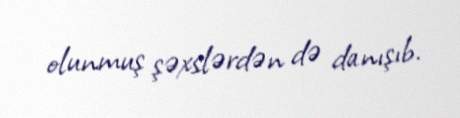
olunmuş şəxslərdən də danışıb.